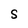
Character: S